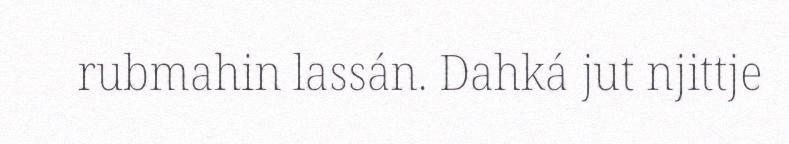
rubmahin lassán. Dahká jut njittje